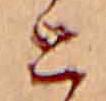
と